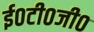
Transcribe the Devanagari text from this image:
ई०टी०जी०